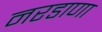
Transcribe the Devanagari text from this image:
नरडाणा